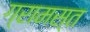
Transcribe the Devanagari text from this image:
ग्रामस्त